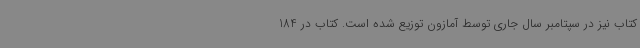
کتاب نیز در سپتامبر سال جاری توسط آمازون توزیع شده است. کتاب در 184